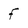
Character: f